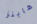
هاينز